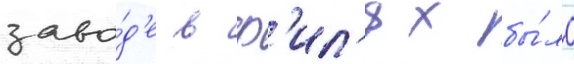
заво́д'е в ф'ил'ях бы́ло